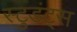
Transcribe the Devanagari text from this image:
स्टुडंट्‌स